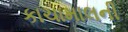
કાચામાલની